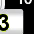
Digit: 3